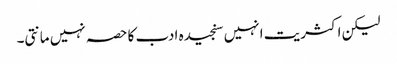
لیکن اکثریت انہیں سنجیدہ ادب کا حصہ نہیں مانتی۔